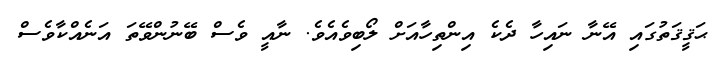
ޙަޤީޤަތުގައި އޭނާ ނައިހާ ދެކެ އިންތިހާއަށް ލޯބިވެއެވެ. ނާއީ ވެސް ބޭނުންވޭތަ އަނެއްކާވެސް